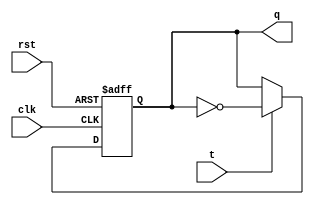
// t flip flop
module tff(clk, rst, t, q);
input clk, rst, t;
output q;
reg q;

always @(negedge clk or posedge rst)    // posedge clk for downcount
begin
    if (rst == 1)
        q = 1'b0;
    else
    begin
        if (t == 1)
            q = ~q;
    end
end
endmodule

// 4 bit ripple carry counter
module rcc(clk, rst, q);
input clk, rst;
output [3:0]q;

parameter t = 1'b1;

tff q0(clk, rst, t, q[0]);
tff q1(q[0], rst, t, q[1]);
tff q2(q[1], rst, t, q[2]);
tff q3(q[2], rst, t, q[3]);


endmodule

// testbench for ripple carry counter
module rcc_test;
reg clk, rst;
wire [3:0]q;

rcc uut(clk, rst, q);

initial
begin
    $monitor("time = %g ; rst = %b ; count = %d",$time,rst,q);
    rst = 1'b1 ; clk = 1'b0;
    #10 rst = 1'b0;
    #180 $finish;
end

always #5 clk = ~clk;

endmodule